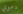
دموي